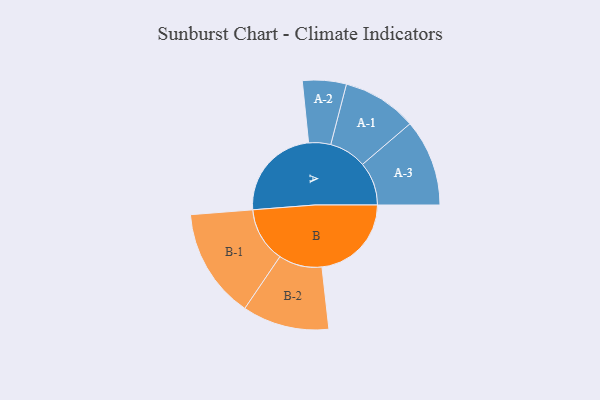
{"axis": {"x": "Segment", "y": "Value"}, "legend": ["", "A", "B"], "data": [{"x": "A", "y": 498, "type": ""}, {"x": "B", "y": 470, "type": ""}, {"x": "A-1", "y": 196, "type": "A"}, {"x": "A-2", "y": 115, "type": "A"}, {"x": "A-3", "y": 228, "type": "A"}, {"x": "B-1", "y": 289, "type": "B"}, {"x": "B-2", "y": 228, "type": "B"}]}